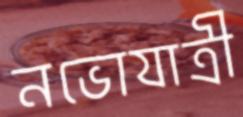
নভোযাত্রী